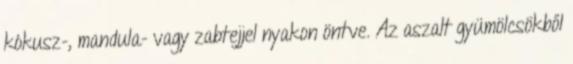
kókusz-, mandula- vagy zabtejjel nyakon öntve. Az aszalt gyümölcsökből